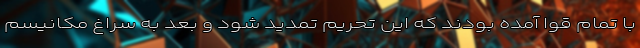
با تمام قوا آمده بودند که این تحریم تمدید شود و بعد به سراغ مکانیسم